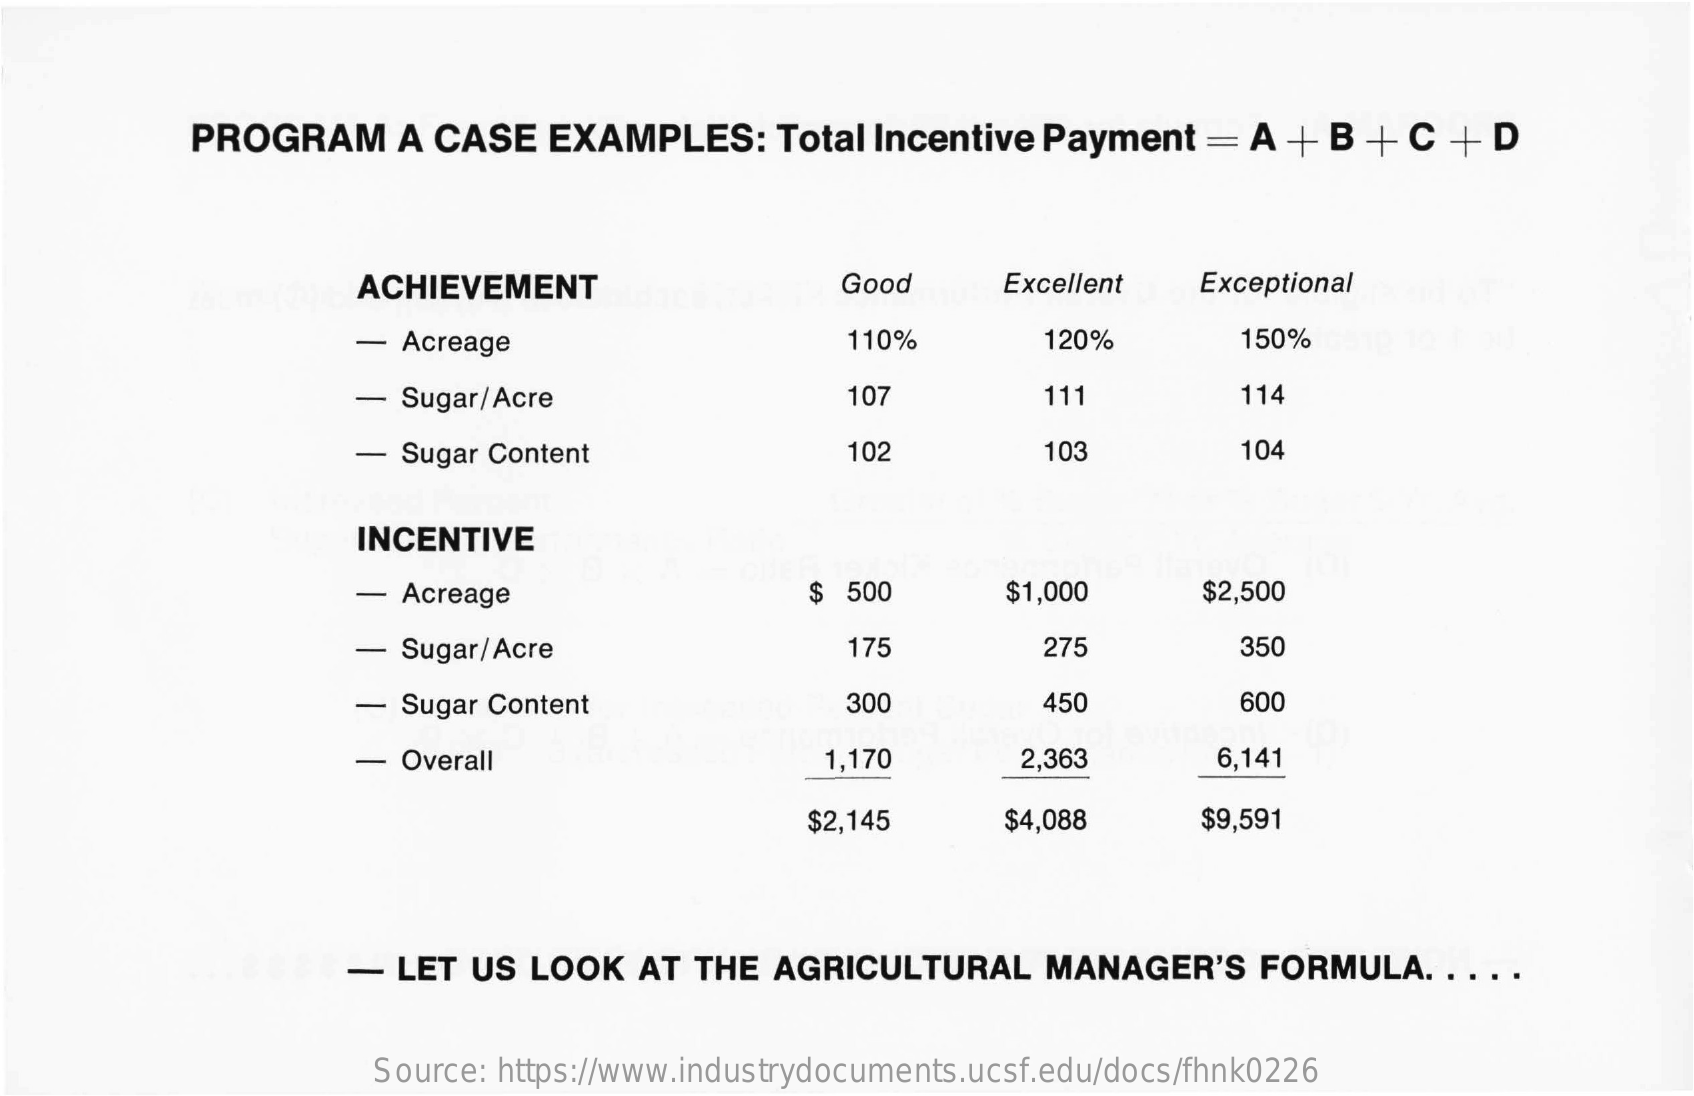
PROGRAM    A CASE   EXAMPLES:    Total Incentive Payment    = A  + B  + C  + D
     ACHIEVEMENT    Good    Excellent   Exceptional
     - Acreage    110%    120%    150%
     -  Sugar/Acre    107    111    114
     - Sugar Content    102    103    104
     INCENTIVE
     - Acreage    $ 500    $1,000    $2,500
     - Sugar/Acre    175    275    350
     - Sugar Content    300    450    600
     - Overall    1,170    2,363    6,141
     $2,145    $4,088    $9,591
     -  LET US  LOOK   AT  THE AGRICULTURAL    MANAGER'S    FORMULA.   . ...
     Source: https://www.industrydocuments.ucsf.edu/docs/fhnk0226